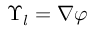
\boldsymbol { \Upsilon } _ { l } = \boldsymbol { \nabla } \varphi